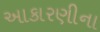
આકારણીના